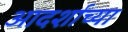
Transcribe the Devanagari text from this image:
आदर्शाच्या